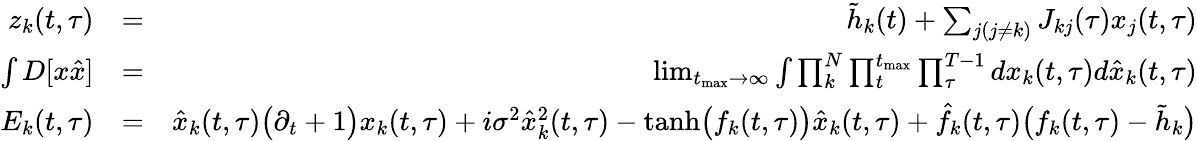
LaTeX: \begin{array}{rlr}{z_{k}(t,\tau)}&{=}&{\tilde{h}_{k}(t)+\sum_{j(j\neq k)}J_{kj}(\tau)x_{j}(t,\tau)}\\ {\int D[x\hat{x}]}&{=}&{\operatorname*{lim}_{t_{\mathrm{max}}\rightarrow\infty}\int\prod_{k}^{N}\prod_{t}^{t_{\mathrm{max}}}\prod_{\tau}^{T-1}dx_{k}(t,\tau)d\hat{x}_{k}(t,\tau)}\\ {E_{k}(t,\tau)}&{=}&{\hat{x}_{k}(t,\tau)\big(\partial_{t}+1\big)x_{k}(t,\tau)+i\sigma^{2}\hat{x}_{k}^{2}(t,\tau)-\mathrm{tanh}\big(f_{k}(t,\tau)\big)\hat{x}_{k}(t,\tau)+\hat{f}_{k}(t,\tau)\big(f_{k}(t,\tau)-\tilde{h}_{k}\big)}\end{array}